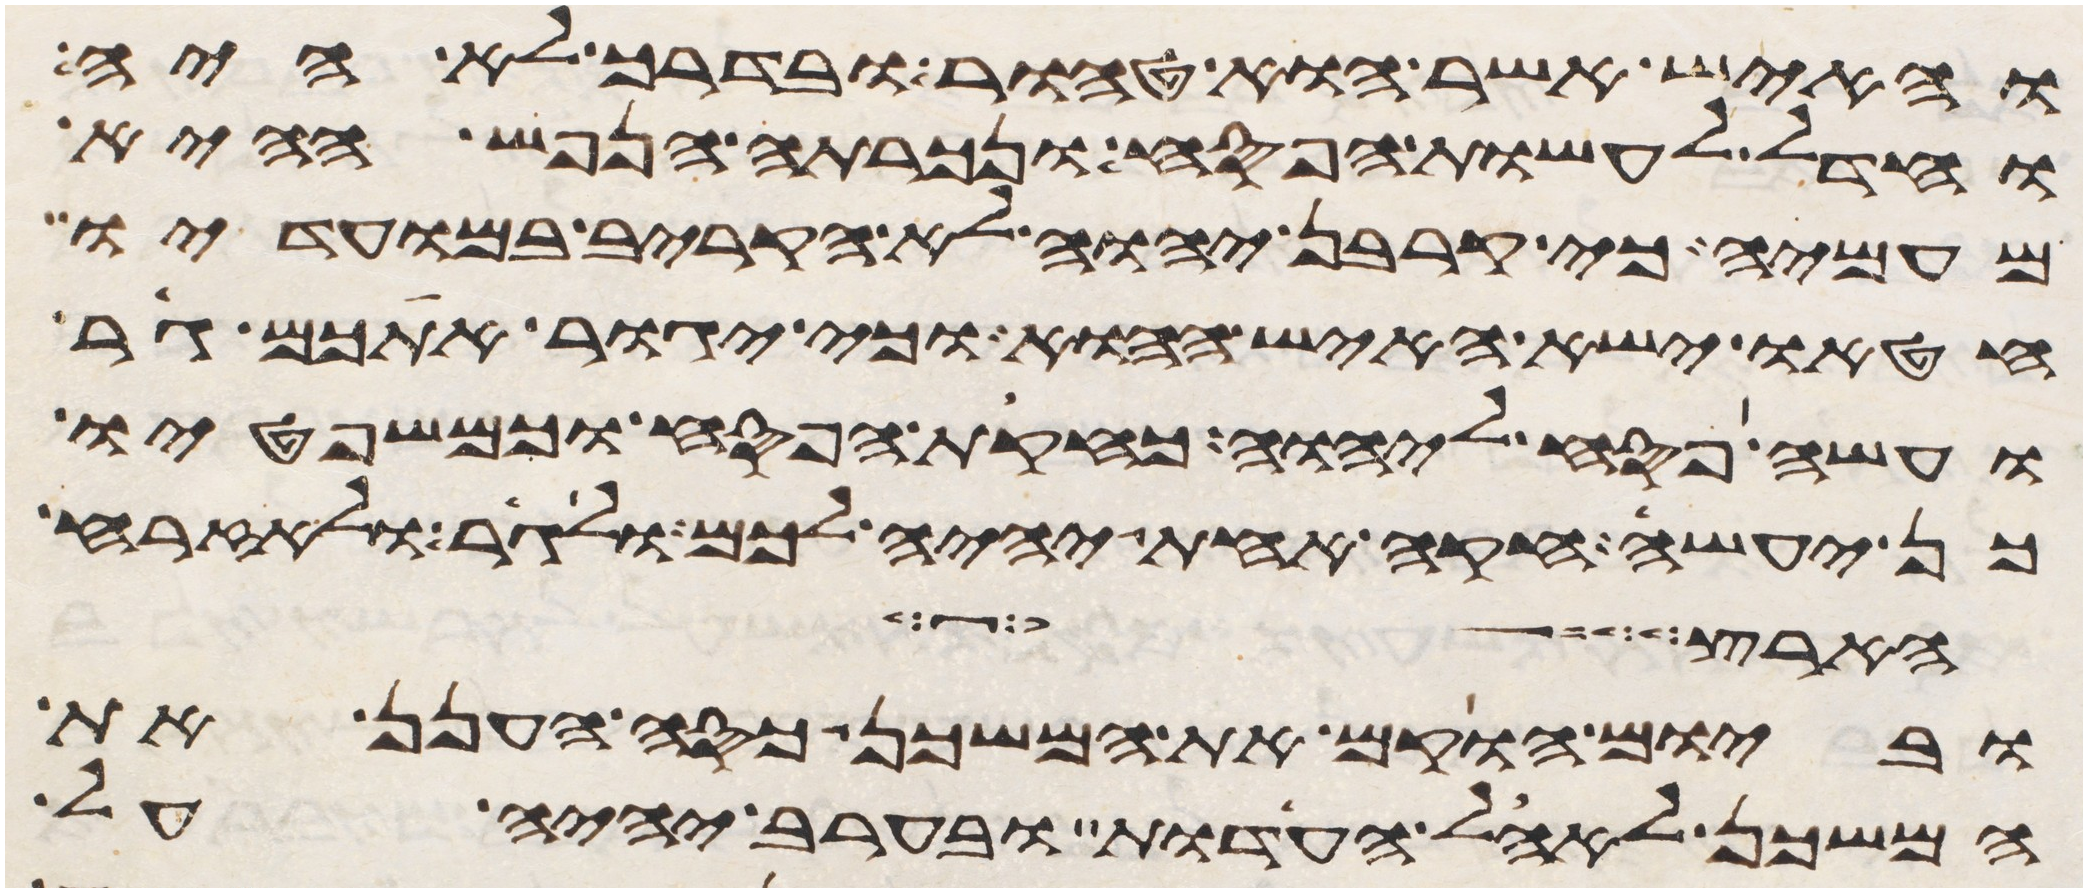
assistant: והאיש אשר הוא טהור ובדרך לא היה
וחדל לעשות הפסח ונכרתה הנפש ההיא
מעמיה כי קרבן יהוה לא הקריב במועדיו
חטאו ישא האיש ההוא וכי יגור אתכם גר
ועשה פסח ליהוה כחקות הפסח וכמשפטיו
כן יעשה חקה אחת יהיה לכם ולגר ולאזרח
הארץ
וביום הוקם את המשכן כסה הענן את
המשכן לאהל העדות ובערב יהיה על